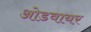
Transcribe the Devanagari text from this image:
ओडवायर